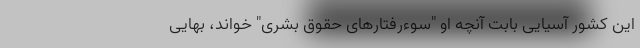
این کشور آسیایی بابت آنچه او "سوءرفتارهای حقوق بشری" خواند، بهایی